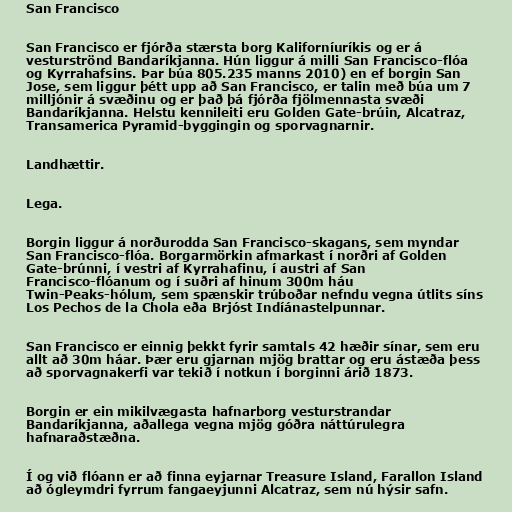
San Francisco

San Francisco er fjórða stærsta borg Kaliforníuríkis og er á
vesturströnd Bandaríkjanna. Hún liggur á milli San Francisco-flóa
og Kyrrahafsins. Þar búa 805.235 manns 2010) en ef borgin San
Jose, sem liggur þétt upp að San Francisco, er talin með búa um 7
milljónir á svæðinu og er það þá fjórða fjölmennasta svæði
Bandaríkjanna. Helstu kennileiti eru Golden Gate-brúin, Alcatraz,
Transamerica Pyramid-byggingin og sporvagnarnir.

Landhættir.

Lega.

Borgin liggur á norðurodda San Francisco-skagans, sem myndar
San Francisco-flóa. Borgarmörkin afmarkast í norðri af Golden
Gate-brúnni, í vestri af Kyrrahafinu, í austri af San
Francisco-flóanum og í suðri af hinum 300m háu
Twin-Peaks-hólum, sem spænskir trúboðar nefndu vegna útlits síns
Los Pechos de la Chola eða Brjóst Indíánastelpunnar.

San Francisco er einnig þekkt fyrir samtals 42 hæðir sínar, sem eru
allt að 30m háar. Þær eru gjarnan mjög brattar og eru ástæða þess
að sporvagnakerfi var tekið í notkun í borginni árið 1873.

Borgin er ein mikilvægasta hafnarborg vesturstrandar
Bandaríkjanna, aðallega vegna mjög góðra náttúrulegra
hafnaraðstæðna.

Í og við flóann er að finna eyjarnar Treasure Island, Farallon Island
að ógleymdri fyrrum fangaeyjunni Alcatraz, sem nú hýsir safn.